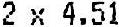
2 X 4.51